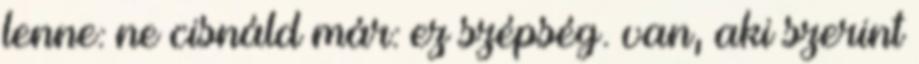
lenne: ne cisnáld már: ez szépség. van, aki szerint